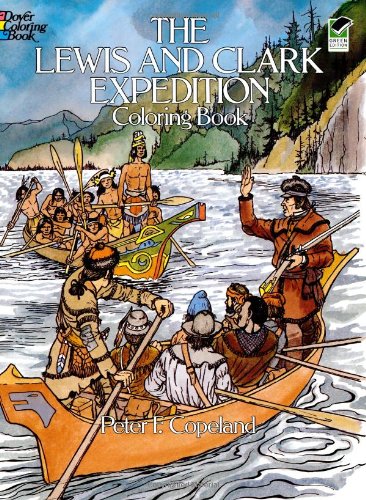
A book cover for The Lewis and Clark Expedition Coloring Book (Dover History Coloring Book); Children's Books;